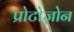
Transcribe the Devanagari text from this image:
प्रोटोज़ोन